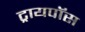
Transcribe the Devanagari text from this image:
ट्रायपॉस